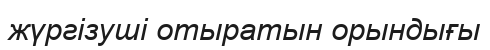
жүргізуші отыратын орындығы